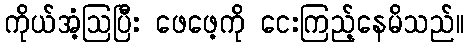
ကိုယ်အံ့ဩပြီး ဖေဖေ့ကို ငေးကြည့်နေမိသည်။